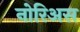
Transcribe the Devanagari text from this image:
नोरिअस